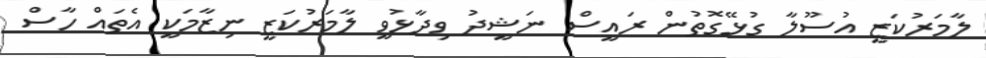
ލާމަރުކަޒީ އުސޫލާ ގުޅޭގޮތުން ރައީސް ނަޝީދު ވިދާޅުވީ ލާމަރުކަޒީ ނިޒާމަކީ އެތައް ހާސް